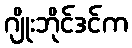
ဂျိုးဘိုင်ဒင်က